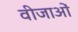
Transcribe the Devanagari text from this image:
वीजाओं